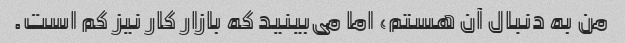
من به دنبال آن هستم، اما می‌بینید که بازار کار نیز کم است.